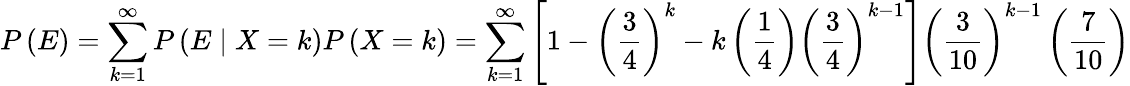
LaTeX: P\left(E\right)=\sum_{k=1}^{\infty}P\left(E\mid X=k\right)P\left(X=k\right)=\sum_{k=1}^{\infty}\left[1-\left(\frac{3}{4}\right)^{k}-k\left(\frac{1}{4}\right)\left(\frac{3}{4}\right)^{k-1}\right]\left(\frac{3}{10}\right)^{k-1}\left(\frac{7}{10}\right)